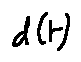
d ( t )